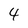
Character: 4